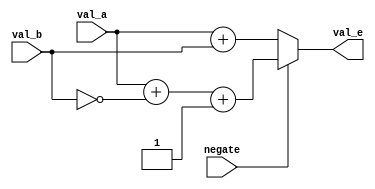
`timescale 1ns/1ps

module alu
(
    input negate,
    input [7:0] val_a,
    input [7:0] val_b,
    output [7:0] val_e
);
    assign val_e = negate ? val_a + (~val_b) + 1 : val_a + val_b;
endmodule